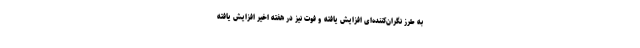
به طرز نگران‌کننده‌ای افزایش یافته و فوت نیز در هفته اخیر افزایش یافته